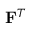
\mathbf { F } ^ { T }